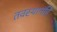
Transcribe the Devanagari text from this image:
तवस्थानंहि